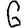
Digit: 6